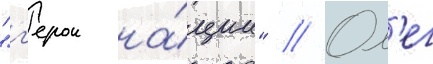
"г'ерои на́ции" // Ол'ег